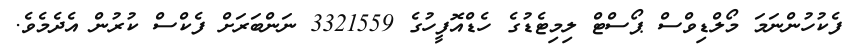
ފެކުހުންނަމަ މޯލްޑިވްސް ޕޯސްޓް ލިމިޓެޑުގެ ހެޑްއޮފީހުގެ 3321559 ނަންބަރަށް ފެކްސް ކުރުން އެދެމެވެ.